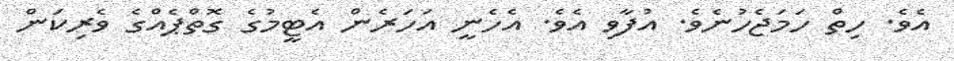
އެވެ. ހިތް ހަމަޖެހުނެވެ. އުފާވި އެވެ. އެހެނީ އަހަރެން އެޓީމުގެ ގޮތްޕެއްގެ ވެރިކަން